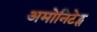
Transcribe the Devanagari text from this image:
अमोनिटेट्स